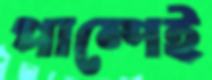
পাম্পেই